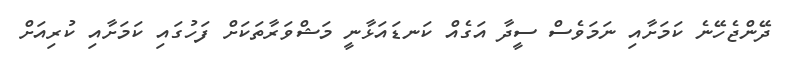
ދޭންޖެހޭނެ ކަމަށާއި ނަމަވެސް ސީދާ އަގެއް ކަނޑައަޅާނީ މަޝްވަރާތަކަށް ފަހުގައި ކަމަށާއި ކުރިއަށް